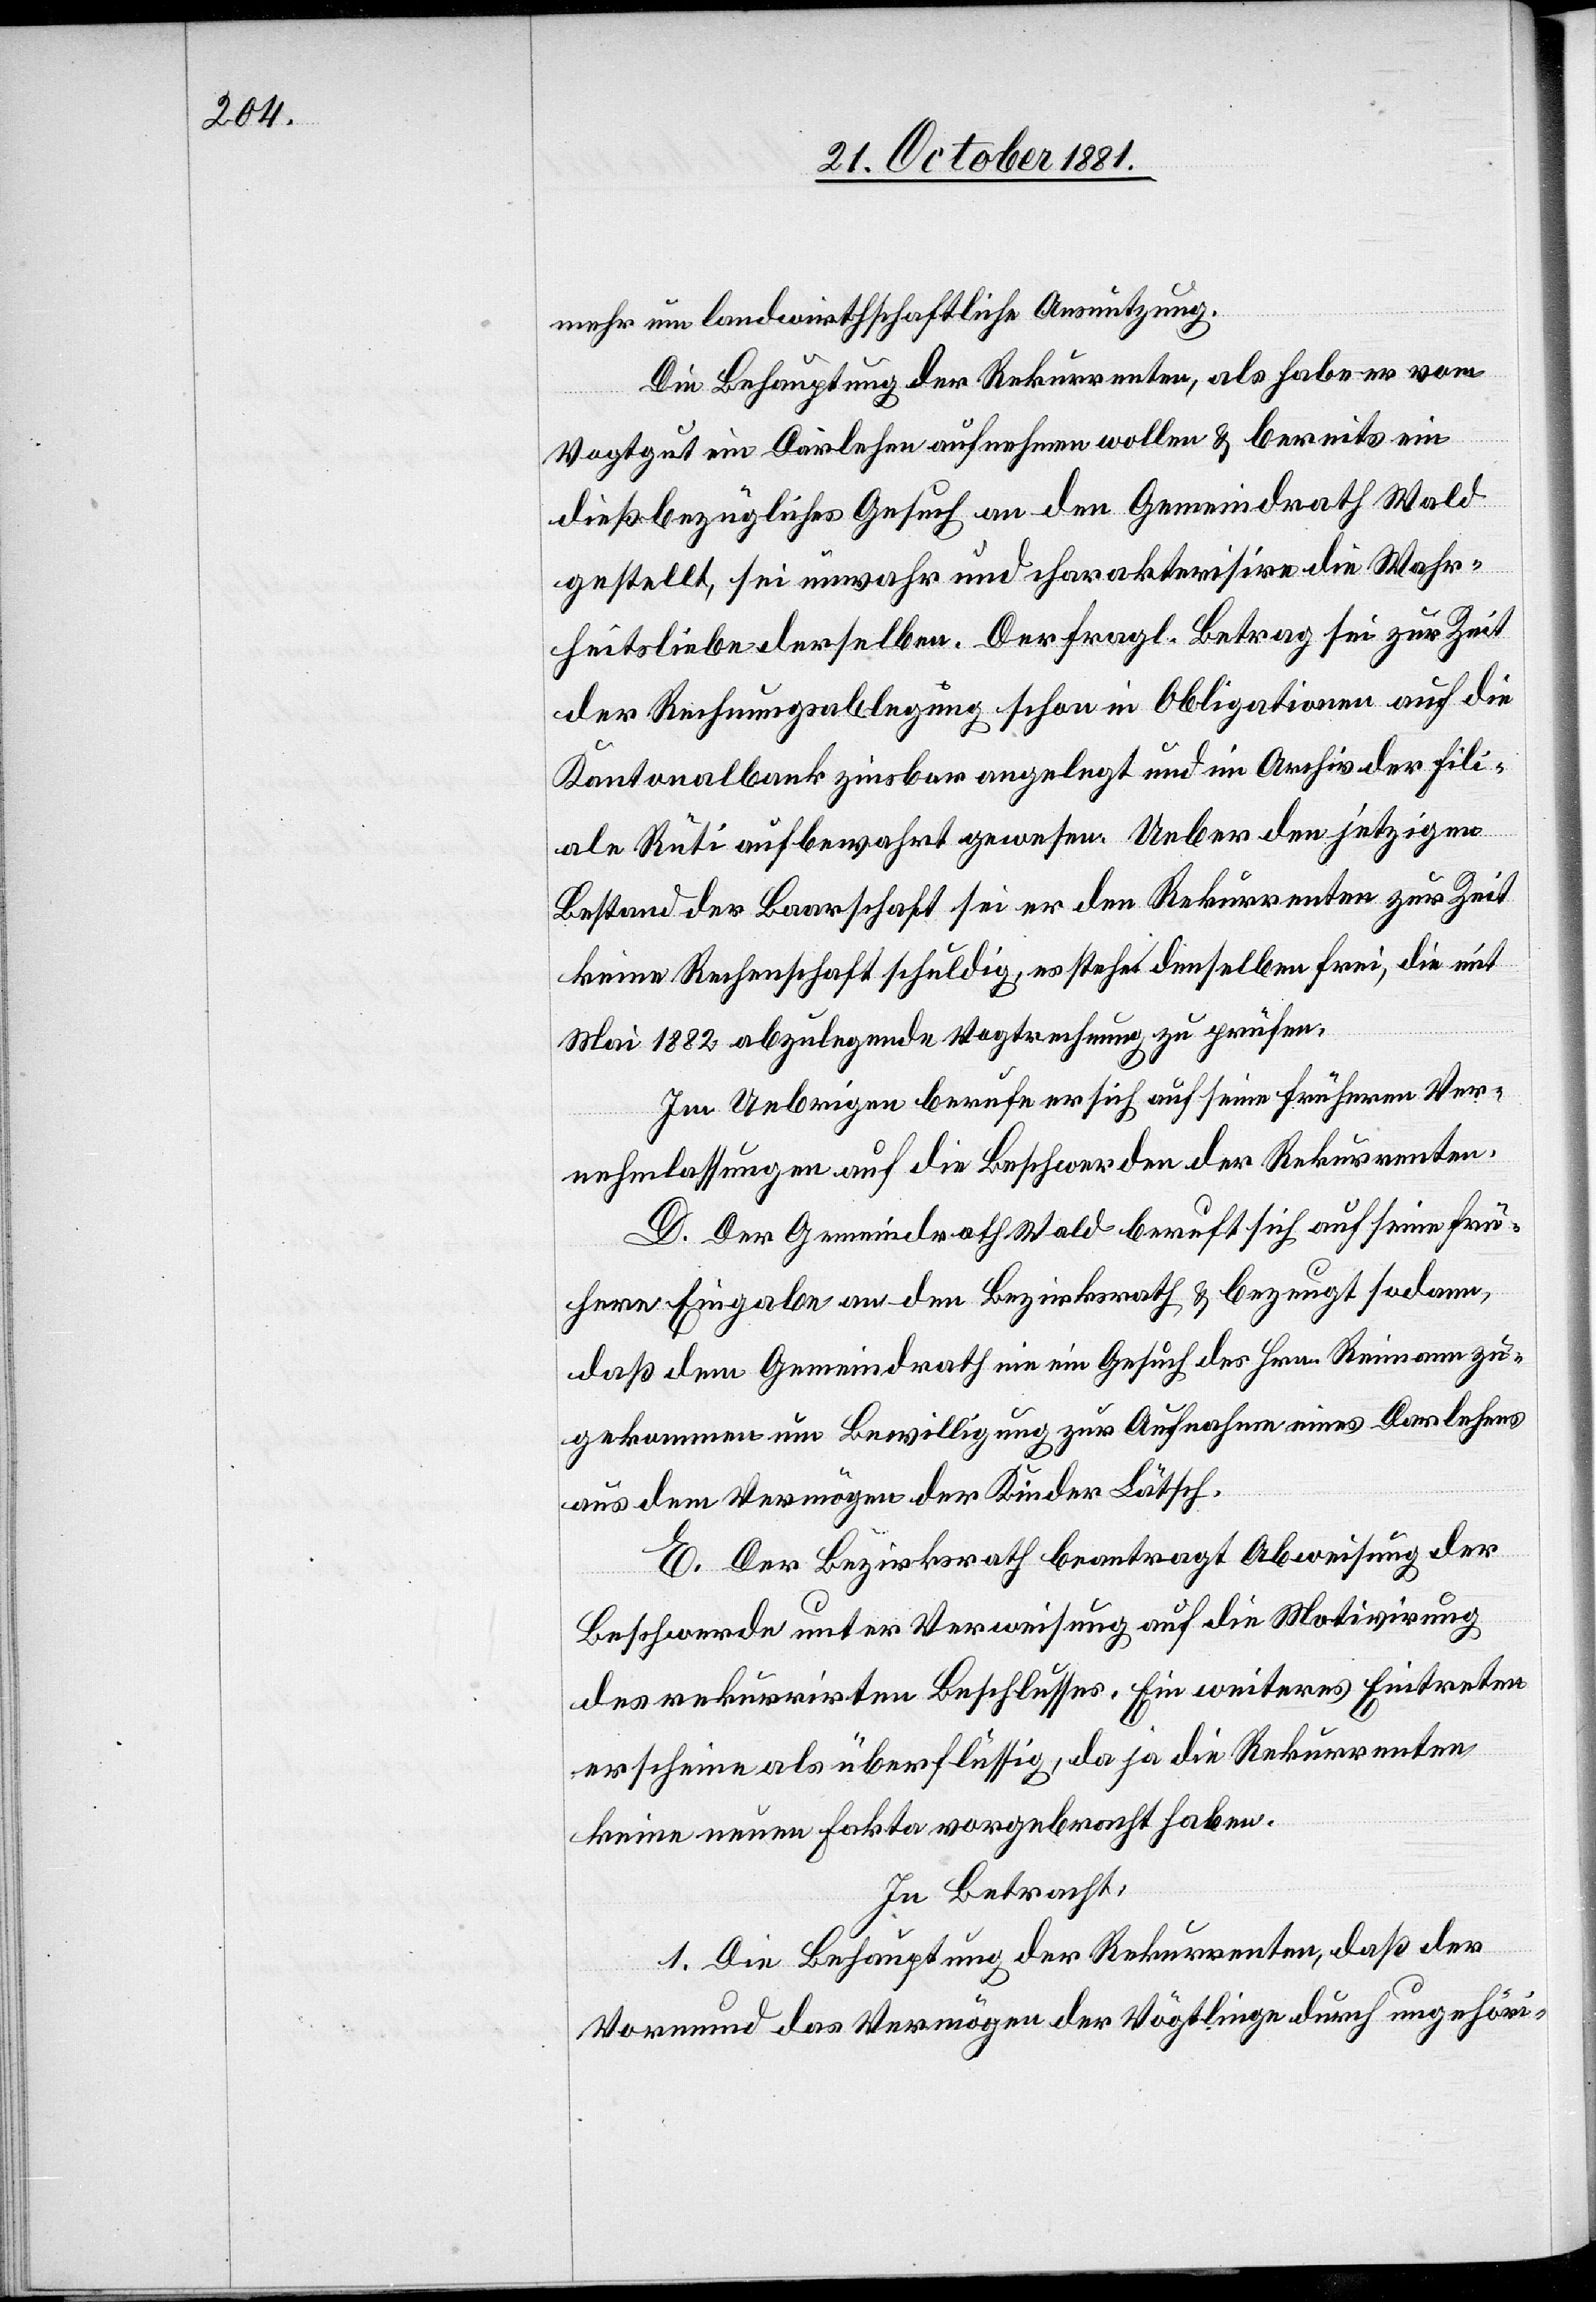
mehr um landwirthschaftliche Ausnützung.
Die Behauptung der Rekurrenten, als habe er vom
Vogtgut ein Darlehen aufnehmen wollen & bereits ein
dießbezügliches Gesuch an den Gemeindrath Wald
gestellt, sei unwahr und charakterisire die Wahr¬
heitsliebe derselben. Der fragl. Betrag sei zur Zeit
der Rechnungsablegung schon in Obligationen auf die
Kantonalbank zinsbar angelegt und im Archiv der Fili¬
ale Rüti aufbewahrt gewesen. Ueber den jetzigen
Bestand der Baarschaft sei er den Rekurrenten zur Zeit
keine Rechenschaft schuldig, es stehe denselben frei, die mit
Mai 1882 abzulegende Vogtrechnung zu prüfen.
Im Uebrigen berufe er sich auf seine früheren Ver¬
nehmlassungen auf die Beschwerden der Rekurrenten.
D. Der Gemeindrath Wald beruft sich auf seine frü¬
here Eingabe an den Bezirksrath & bezeugt sodann,
daß dem Gemeindrath nie ein Gesuch des Hrn. Reimann zu¬
gekommen um Bewilligung zur Aufnahme eines Darlehens
aus dem Vermögen der Kinder Lätsch.
E. Der Bezirksrath beantragt Abweisung der
Beschwerde unter Verweisung auf die Motivirung
des rekurrirten Beschlusses. Ein weiteres Eintreten
erscheine als überflüssig, da ja die Rekurrenten
keine neuen Fakta vorgebracht haben.
In Betracht:
1. Die Behauptung der Rekurrenten, daß der
Vormund das Vermögen der Vögtlinge durch ungehöri-